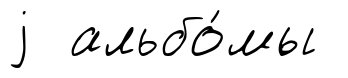
j альбо́мы